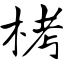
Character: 栲